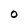
Character: 0